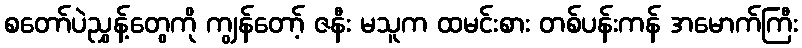
စတော်ပဲညွှန့်တွေကို ကျွန်တော့် ဇနီး မသူက ထမင်းစား တစ်ပန်းကန် အမောက်ကြီး